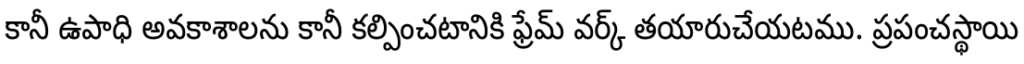
కానీ ఉపాధి అవకాశాలను కానీ కల్పించటానికి ఫ్రేమ్ వర్క్ తయారుచేయటము. ప్రపంచస్థాయి